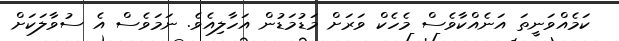
ކަމެއްވަނީތަ އަނެއްކާވެސް މެހެކް ވަރަށް މަޑުމަޑުން އަހާލިއެވެ. ނަމަވެސް އެ ސުވާލަކަށް